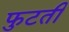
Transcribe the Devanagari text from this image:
फुटती